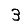
Digit: 3